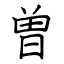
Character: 曽